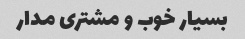
بسیار خوب و مشتری مدار